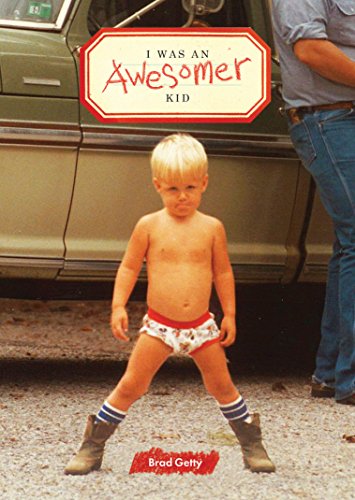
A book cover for I Was an Awesomer Kid; Brad Getty; Parenting & Relationships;